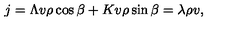
j = \Lambda v \rho \cos { \beta } + K v \rho \sin { \beta } = \lambda \rho v ,